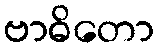
ဗာဓိတော